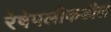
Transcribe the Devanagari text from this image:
रेषेपलीकडील